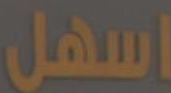
اسهل